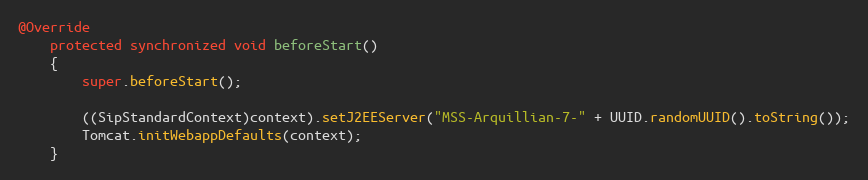
Language: Java
@Override
	protected synchronized void beforeStart()
	{
		super.beforeStart();

		((SipStandardContext)context).setJ2EEServer("MSS-Arquillian-7-" + UUID.randomUUID().toString());
		Tomcat.initWebappDefaults(context);
	}